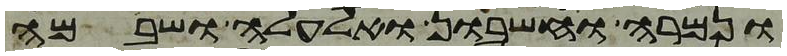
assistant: ונמרה וחשבון ואלעלה ושבם